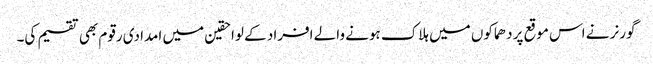
گورنر نے اس موقع پر دھماکوں میں ہلاک ہونے والے افراد کے لواحقین میں امدادی رقوم بھی تقسیم کی۔